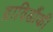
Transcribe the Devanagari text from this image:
द्राविडौंकी